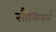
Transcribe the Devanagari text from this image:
सौकिबर्न